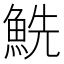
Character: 𩶤